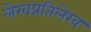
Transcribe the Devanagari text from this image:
लेखप्रतिलेख